Civil Veterinary Dept. Bombay admin report 1923-31 - 1923-1931
Year: 1923
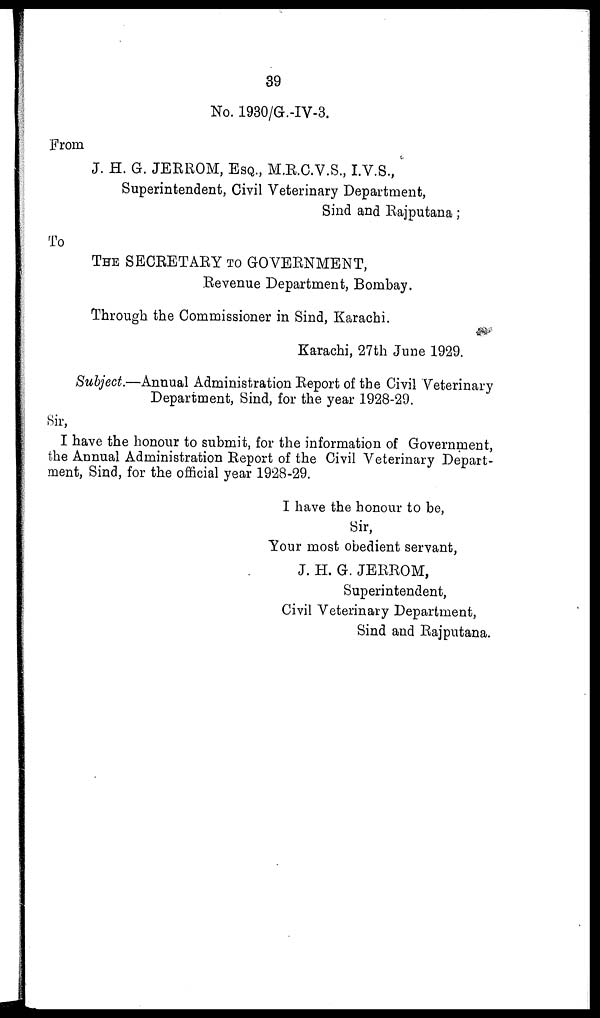
39
No. 1930/G.-IV-3.
From
J. H. G. JERROM, ESQ., M.R.C.V.S., I.V.S.,
Superintendent, Civil Veterinary Department,
Sind and Rajputana;
To
THE SECRETARY TO GOVERNMENT,
Revenue Department, Bombay.
Through the Commissioner in Sind, Karachi.
Karachi, 27th June 1929.
Subject.—Annual Administration Report of the Civil Veterinary
Department, Sind, for the year 1928-29.
Sir,
I have the honour to submit, for the information of Government,
the Annual Administration Report of the Civil Veterinary Depart-
ment, Sind, for the official year 1928-29.
I have the honour to be,
Sir,
Your most obedient servant,
J. H. G. JERROM,
Superintendent,
Civil Veterinary Department,
Sind and Rajputana.